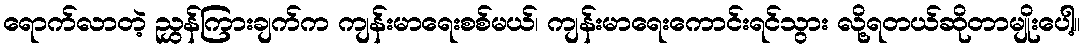
ရောက်လာတဲ့ ညွှန်ကြားချက်က ကျန်းမာရေးစစ်မယ်၊ ကျန်းမာရေးကောင်းရင်သွား လို့ရတယ်ဆိုတာမျိုးပေါ့။